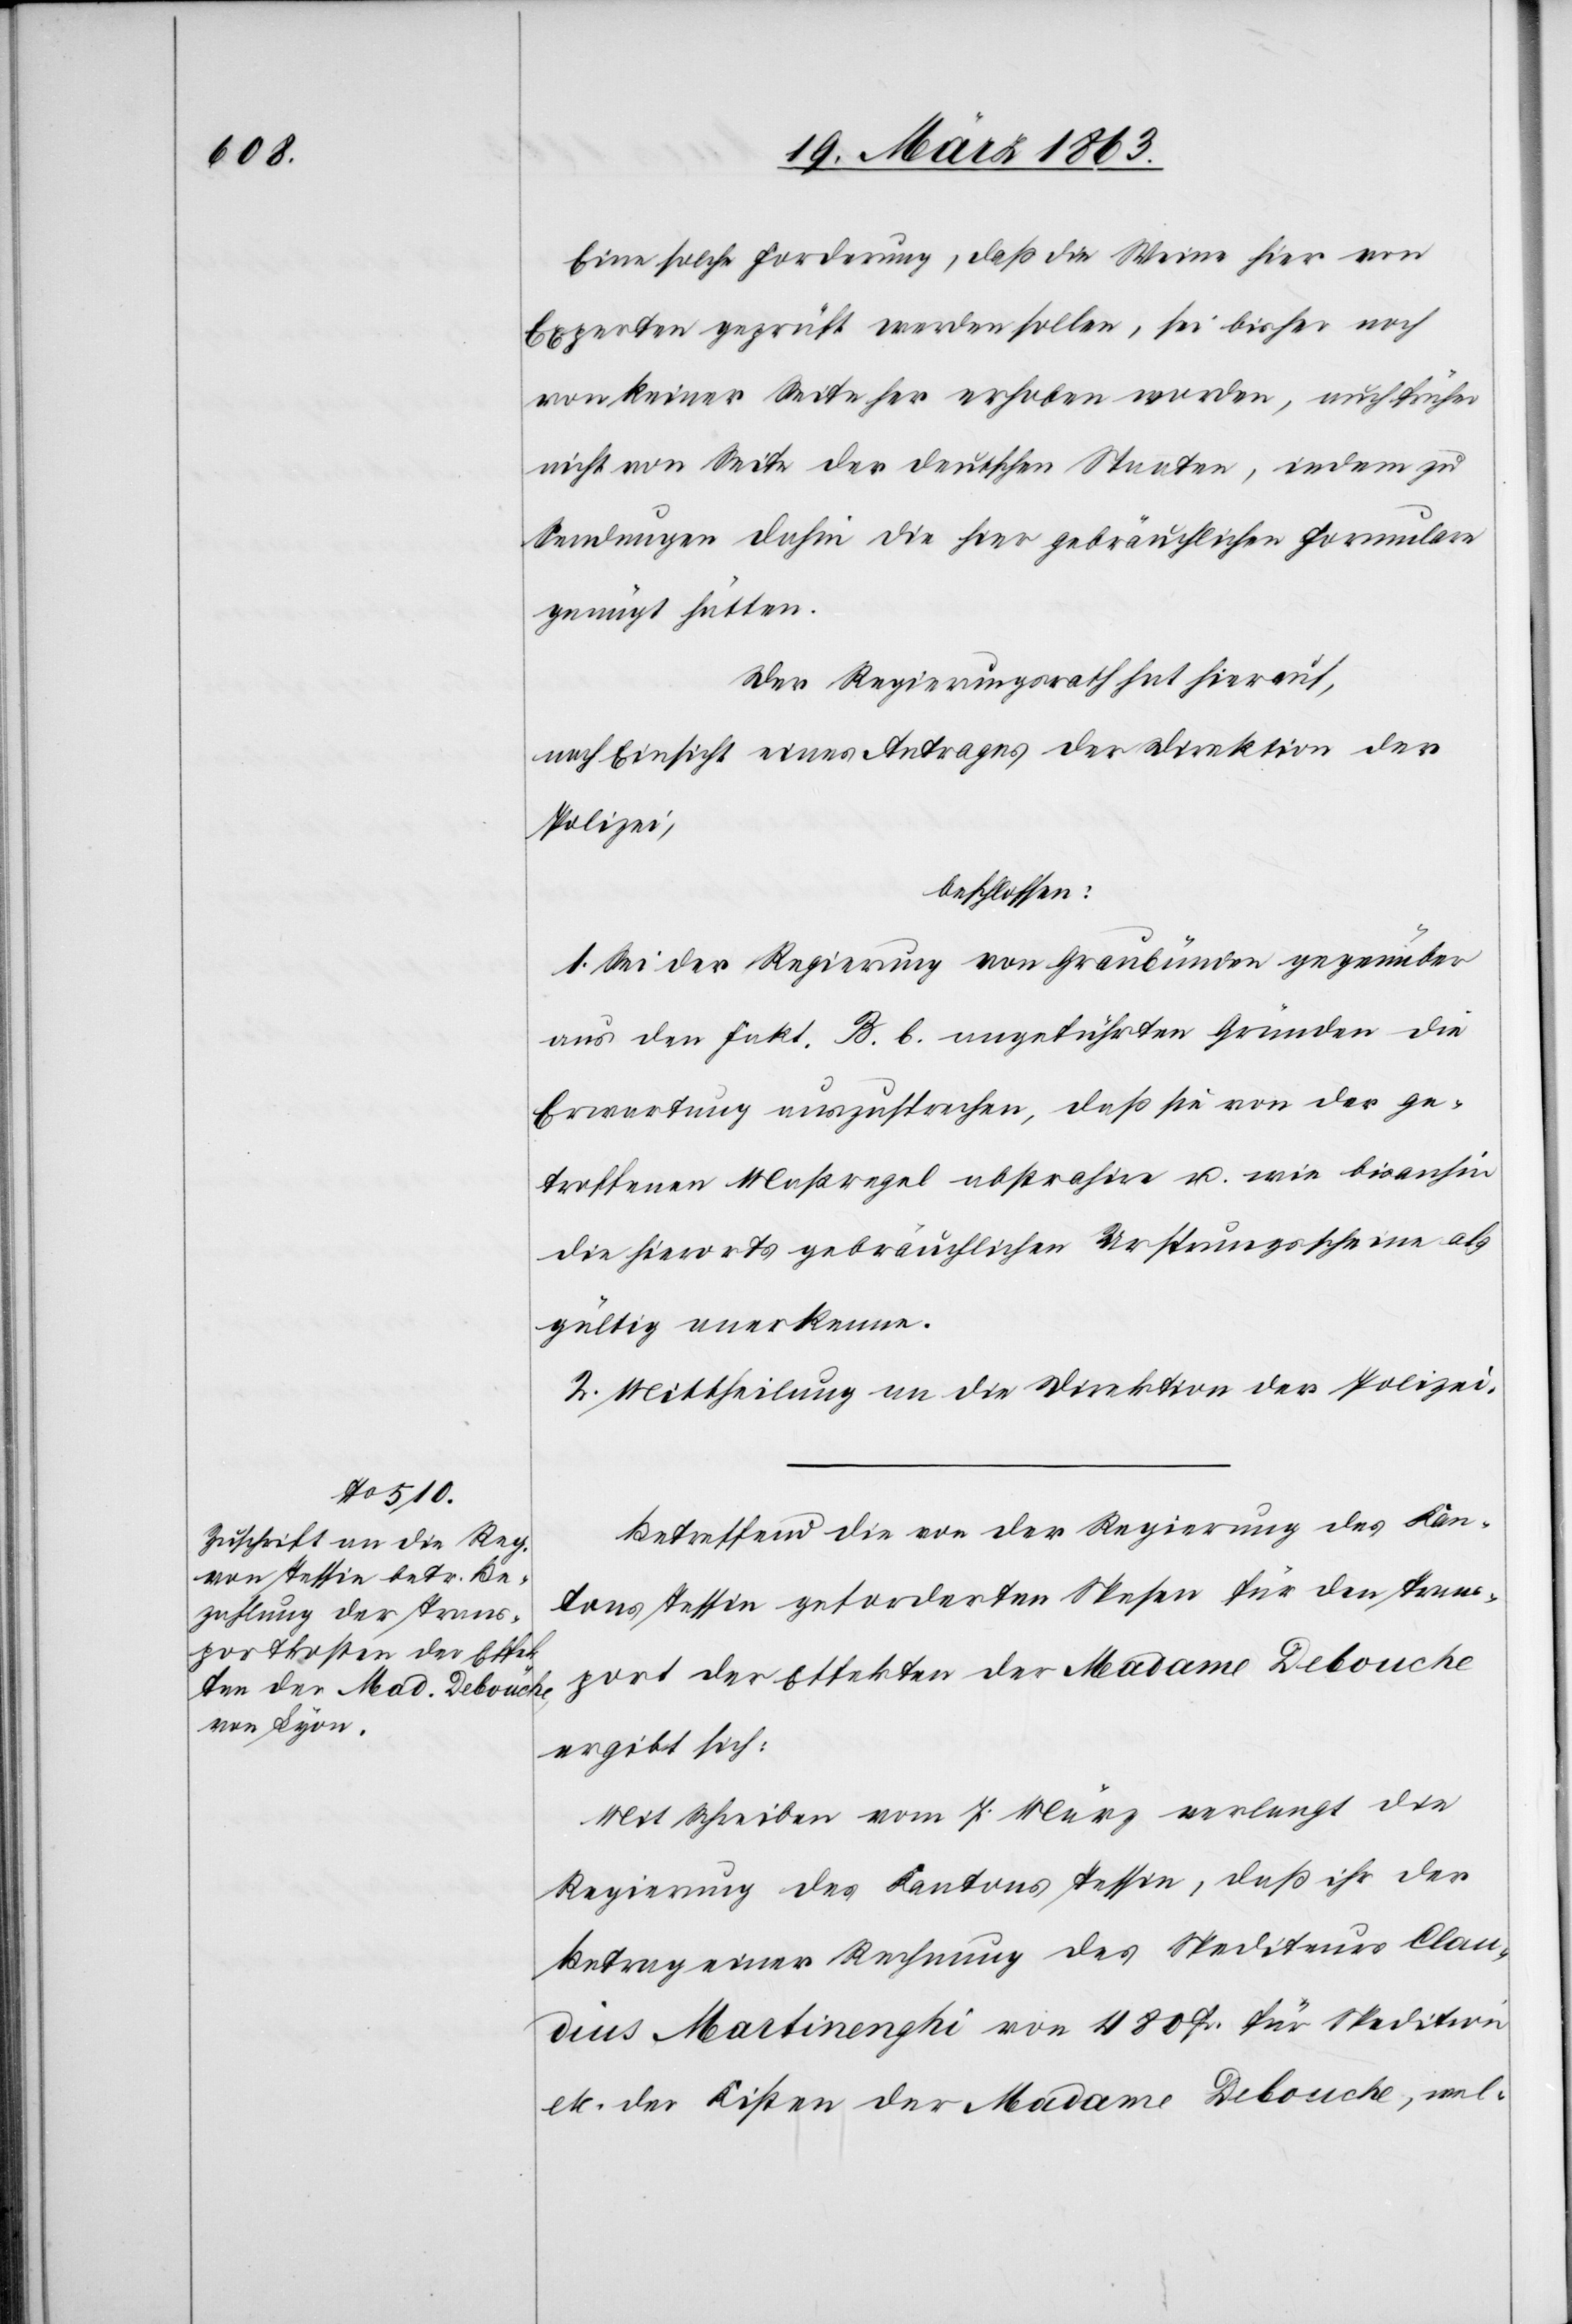
Eine solche Forderung, daß die Weine hier von
Experten geprüft werden sollen, sei bisher noch
von keiner Seite her erhoben worden, auch früher
nicht von Seite der deutschen Staaten, indem zu
Sendungen dahin die hier gebräuchlichen Formulare
genügt hätten.
Der Regierungsrath hat hierauf,
nach Einsicht eines Antrages der Direktion der
Polizei,
beschlossen:
1. Sei der Regierung von Graubünden gegenüber
aus den Fakt. B. b. angeführten Gründen die
Erwartung auszusprechen, daß sie von der ge¬
troffenen Maßregel abstrahire u. wie bisanhin
die hierorts gebräuchlichen Ursprungsscheine als
gültig anerkenne.
2. Mittheilung an die Direktion der Polizei.
Betreffend die von der Regierung des Kan¬
tons Tessin geforderten Spesen für den Trans¬
port der Effekten der Madame Debouche
ergibt sich:
Mit Schreiben vom 7. März verlangt die
Regierung des Kantons Tessin, daß ihr der
Betrag einer Rechnung des Spediteurs Clau¬
dius Martinenghi von 480 Fr. für Spedition
etc. der Kisten der Madame Debouche, wel-